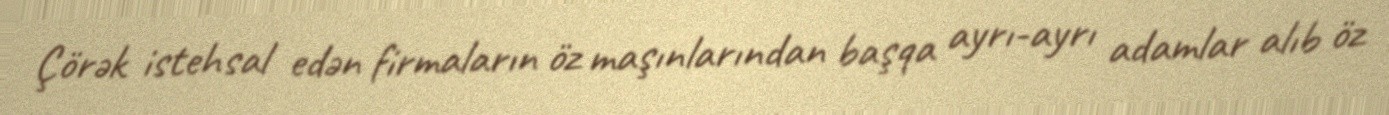
Çörək istehsal edən firmaların öz maşınlarından başqa ayrı-ayrı adamlar alıb öz